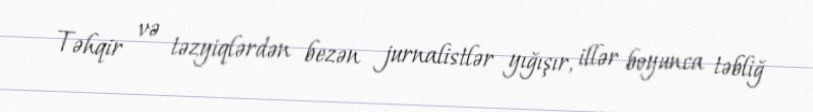
Təhqir və təzyiqlərdən bezən jurnalistlər yığışır, illər boyunca təbliğ